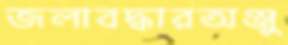
জলাবদ্ধারঅঞ্জু